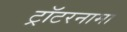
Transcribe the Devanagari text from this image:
ट्रॉटरनामा